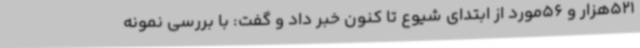
521هزار و 56مورد از ابتدای شیوع تا کنون خبر داد و گفت: با بررسی نمونه